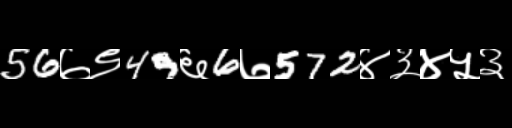
Text: 56७९49६6७572४३४५३